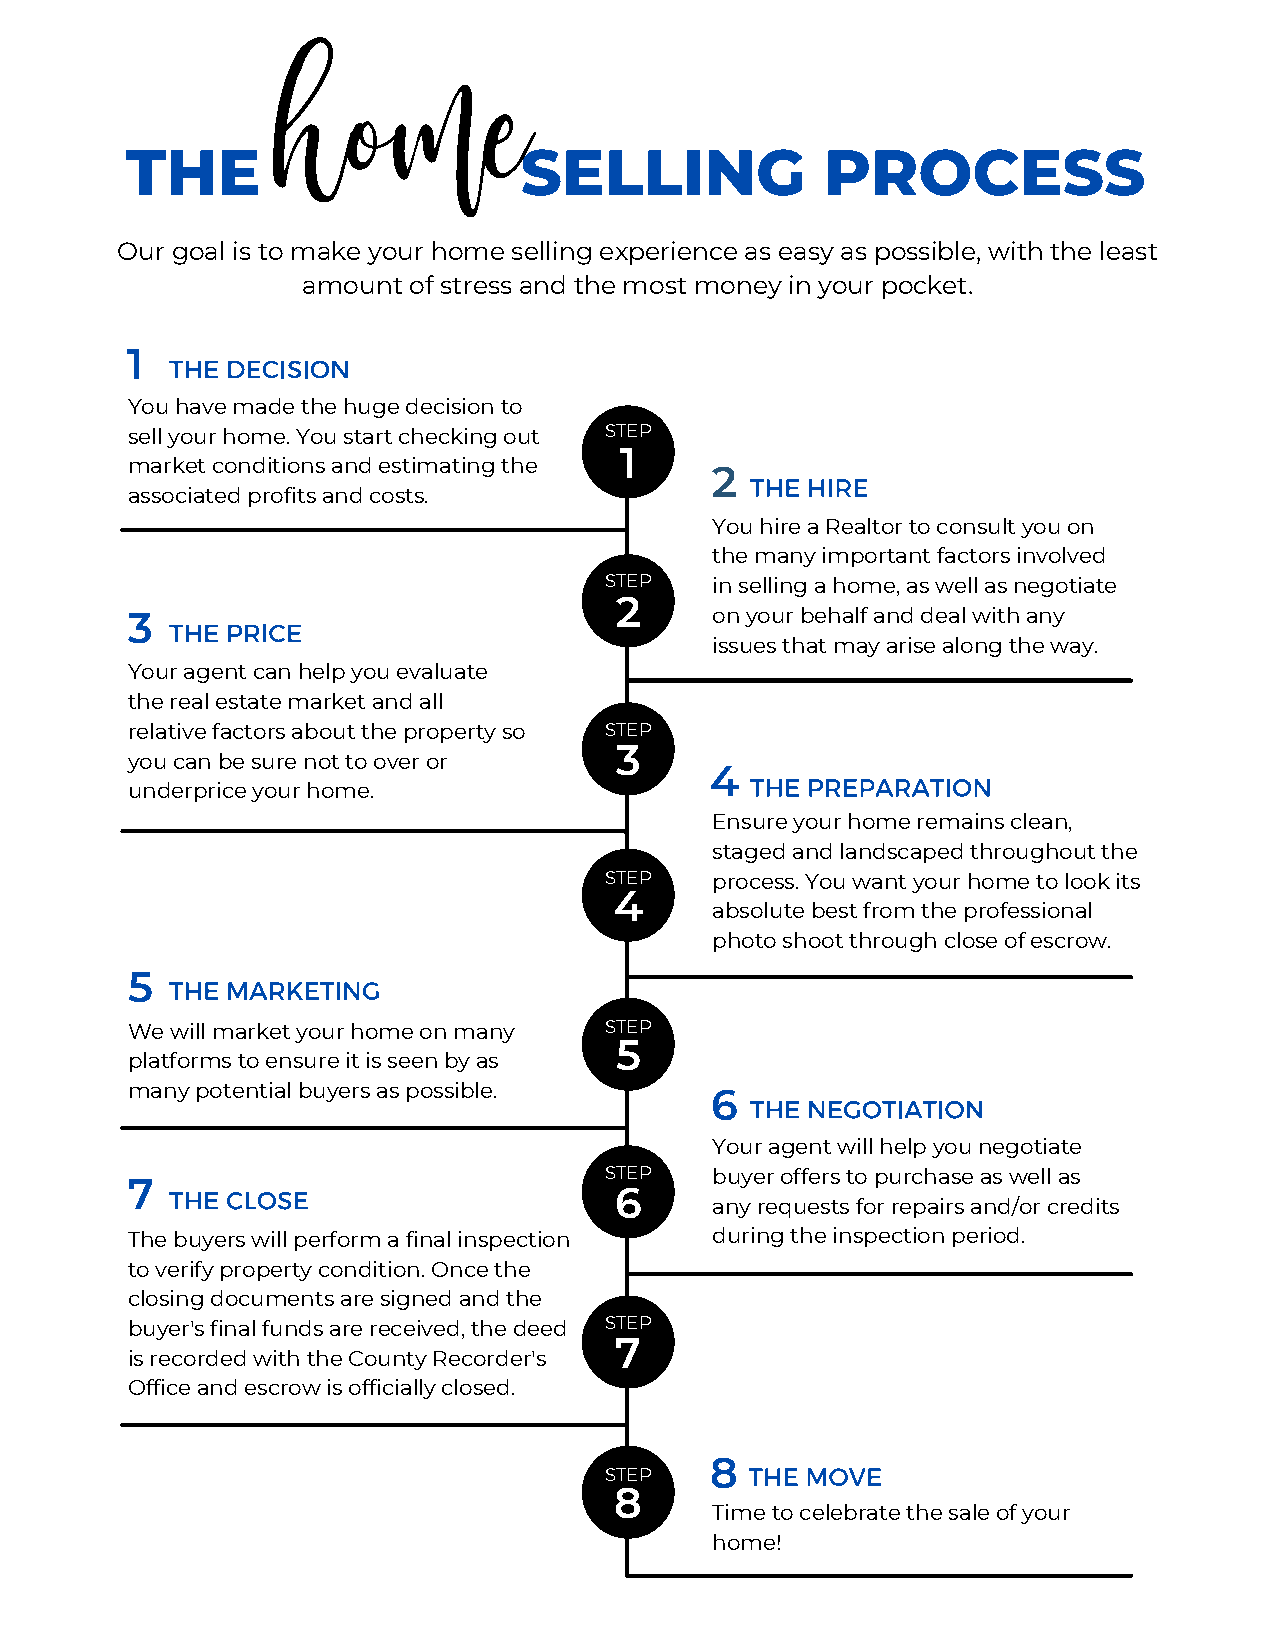
THE                       SELLING              PROCESS
 Our goal is to make your home selling experience as easy as possible, with the least
 amount of stress and the most money in your pocket.
 1
 You have made the huge decision to
 sell your home. You start checking out STEP
 1
 market conditions and estimating the
 2
 associated profits and costs.
 You hire a Realtor to consult you on
 the many important factors involved
 STEP   in selling a home, as well as negotiate
 2
 3                                      on your behalf and deal with any
 issues that may arise along the way.
 Your agent can help you evaluate
 the real estate market and all
 relative factors about the property so STEP
 3
 you can be sure not to over or
 4
 underprice your home.
 Ensure your home remains clean,
 staged and landscaped throughout the
 STEP   process. You want your home to look its
 4
 absolute best from the professional
 photo shoot through close of escrow.
 5
 We will market your home on many STEP
 5
 platforms to ensure it is seen by as
 many potential buyers as possible.
 6
 Your agent will help you negotiate
 STEP   buyer offers to purchase as well as
 7
 6
 any requests for repairs and/or credits
 The buyers will perform a final inspection during the inspection period.
 to verify property condition. Once the
 closing documents are signed and the
 buyer's final funds are received, the deed STEP
 7
 is recorded with the County Recorder's
 Office and escrow is officially closed.
 8
 STEP
 8
 Time to celebrate the sale of your
 home!